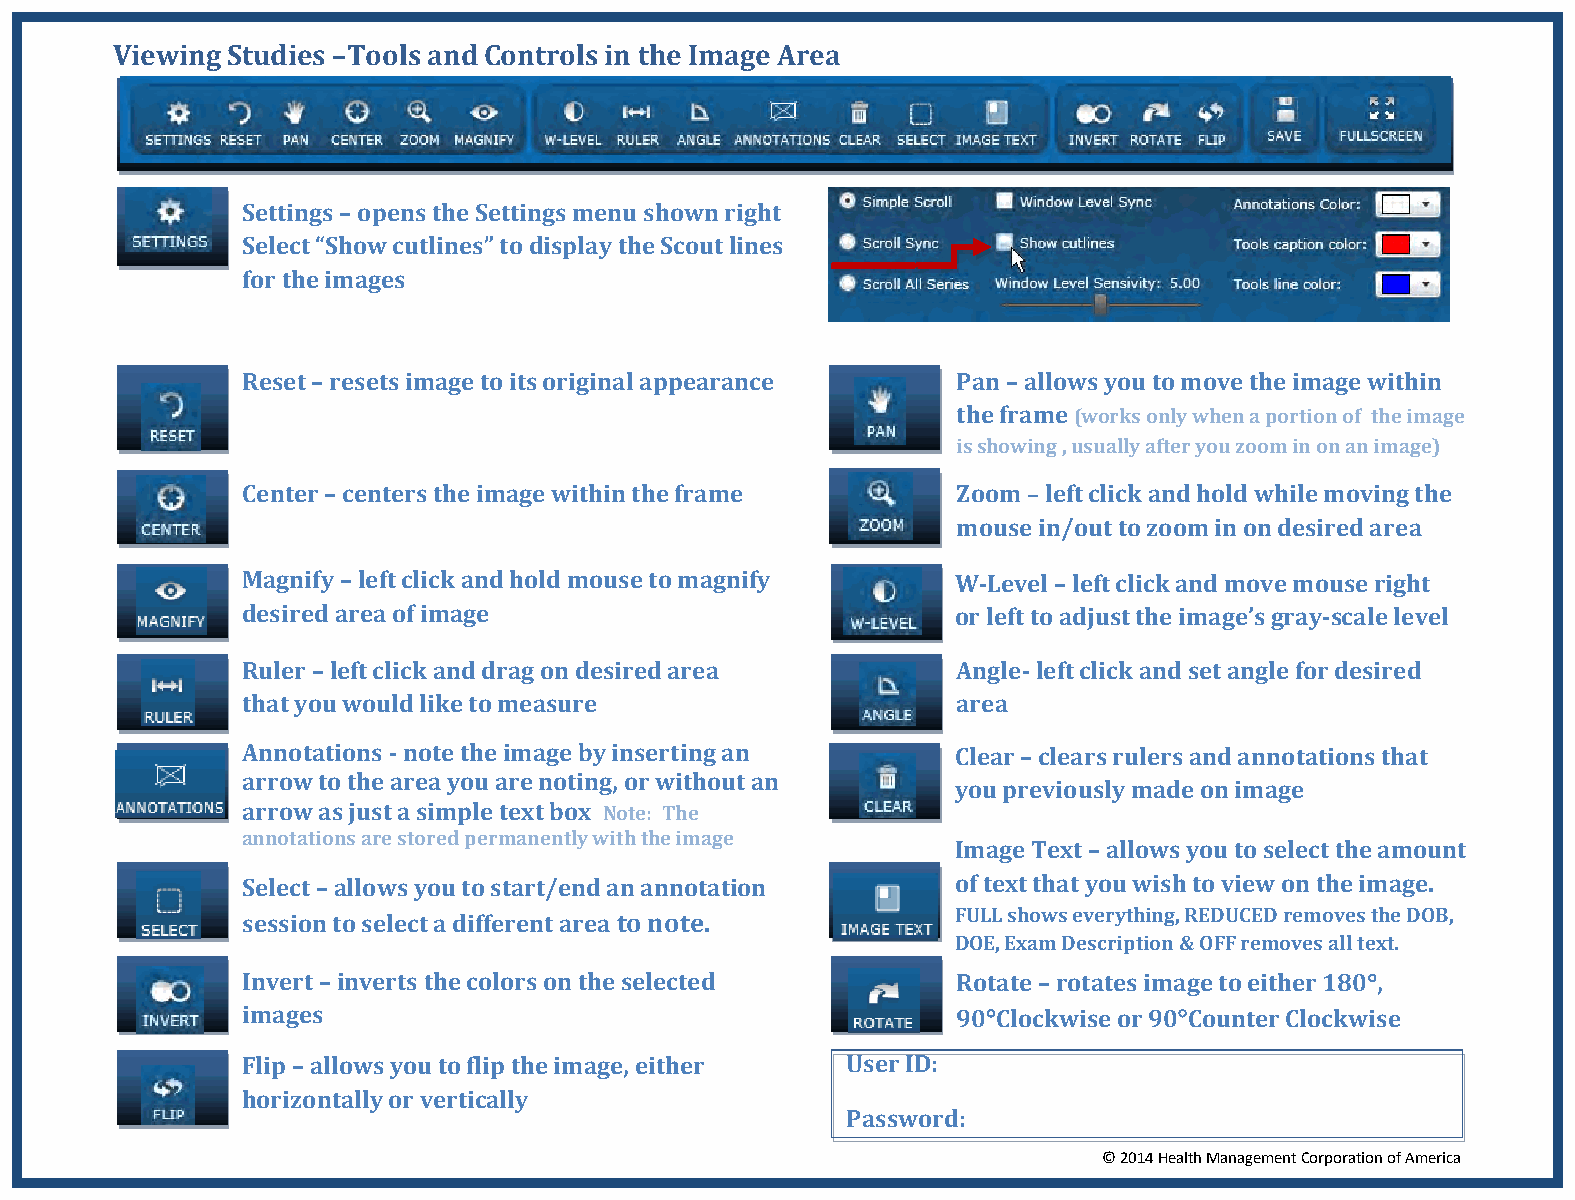
Viewing Studies –Tools and Controls in the Image Area
 Settings – opens the Settings menu shown right
 Select “Show cutlines” to display the Scout lines
 for the images
 Reset – resets image to its original appearance Pan – allows you to move the image within
 the frame (works only when a portion of the image
 i s s h o w i n g , usually after you zoom in on an image)
 Center – centers the image within the frame    Zoom – left click and hold while moving the
 mouse in/out to zoom in on desired area
 Magnify – left click and hold mouse to magnify W-Level – left click and move mouse right
 desired area of image                          or left to adjust the image’s gray-scale level
 Ruler – left click and drag on desired area    Angle- left click and set angle for desired
 that you would like to measure                 area
 Annotations - note the image by inserting an   Clear – clears rulers and annotations that
 arrow to the area you are noting, or without an
 you previously made on image
 arrow as just a simple text box Note: The
 annotations are stored permanently with the image
 Image Text – allows you to select the amount
 Select – allows you to start/end an annotation of text that you wish to view on the image.
 session to select a different area to note.    FULL shows everything, REDUCED removes the DOB,
 DOE, Exam Description & OFF removes all text.
 Invert – inverts the colors on the selected    Rotate – rotates image to either 180,
 images                                         90Clockwise or 90Counter Clockwise
 Flip – allows you to flip the image, either User ID:
 horizontally or vertically
 Password:
 © 2014 Health Management Corporation of America